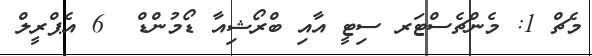
މެޗް 1: މެންޗެސްޓަރ ސިޓީ އާއި ބްރޯޝިއާ ޑޯމުންޑް  6 އެޕްރީލް